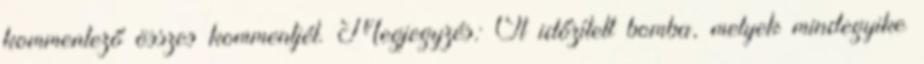
kommentező összes kommentjét. Megjegyzés: Öt időzített bomba, melyek mindegyike